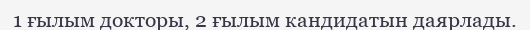
1 ғылым докторы, 2 ғылым кандидатын даярлады.